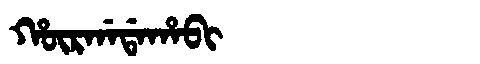
Manchu: ᡥᡡᡵᡤᠠᡩᠠᡥᠠᠪᡳ
Romanization: HŪRGADAHABI